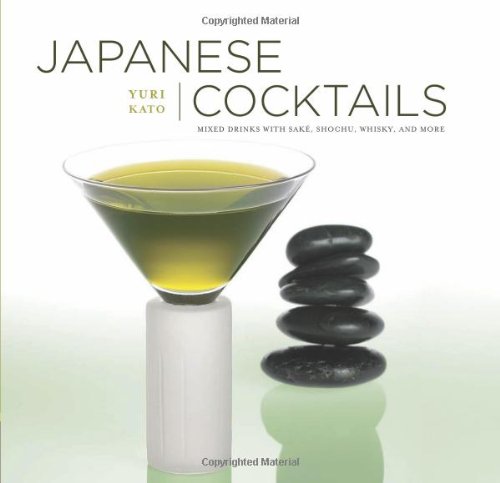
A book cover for Japanese Cocktails; Yuri Kato; Cookbooks, Food & Wine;